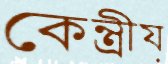
কেন্ত্রীয়